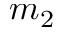
m _ { 2 }